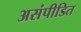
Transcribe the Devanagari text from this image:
असंपीडित